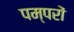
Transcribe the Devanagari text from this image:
पम्परों